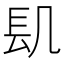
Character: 𨱙